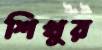
শিখুর